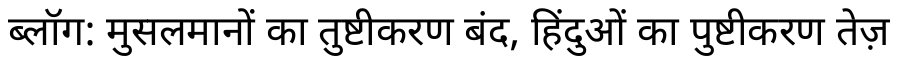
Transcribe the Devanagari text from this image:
ब्लॉग: मुसलमानों का तुष्टीकरण बंद, हिंदुओं का पुष्टीकरण तेज़